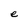
Character: e